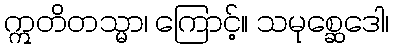
ဣတိတသ္မာ၊ ကြောင့်။ သမုစ္ဆေဒေါ၊